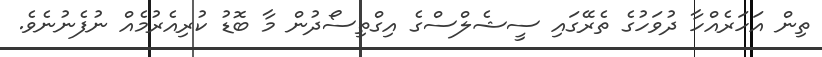
ތިން އަހަރެއްހާ ދުވަހުގެ ތެރޭގައި ސީޝެލްސްގެ އިގްތިސޯދުން މާ ބޮޑު ކުރިއެރުމެއް ނުފެނުނެވެ.